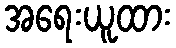
အရေးယူထား